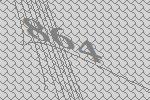
864